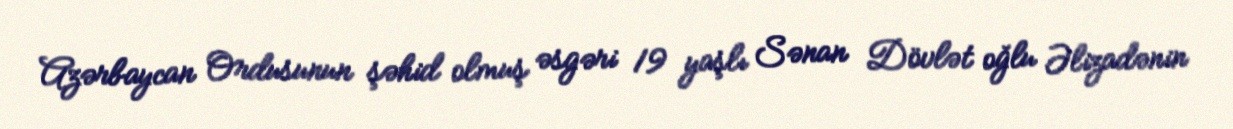
Azərbaycan Ordusunun şəhid olmuş əsgəri 19 yaşlı Sənan Dövlət oğlu Əlizadənin